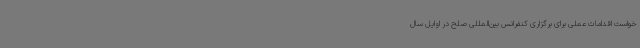
خواست اقدامات عملی برای برگزاری کنفرانس بین‌المللی صلح در اوایل سال